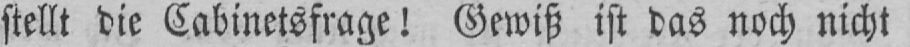
stellt die Cabinetsfrage! Gewiß ist das noch nicht